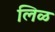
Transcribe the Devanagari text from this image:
लिळ